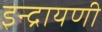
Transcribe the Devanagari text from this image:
इन्द्रायणी